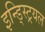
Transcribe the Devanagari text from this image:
इन्ड्स्ट्रियल